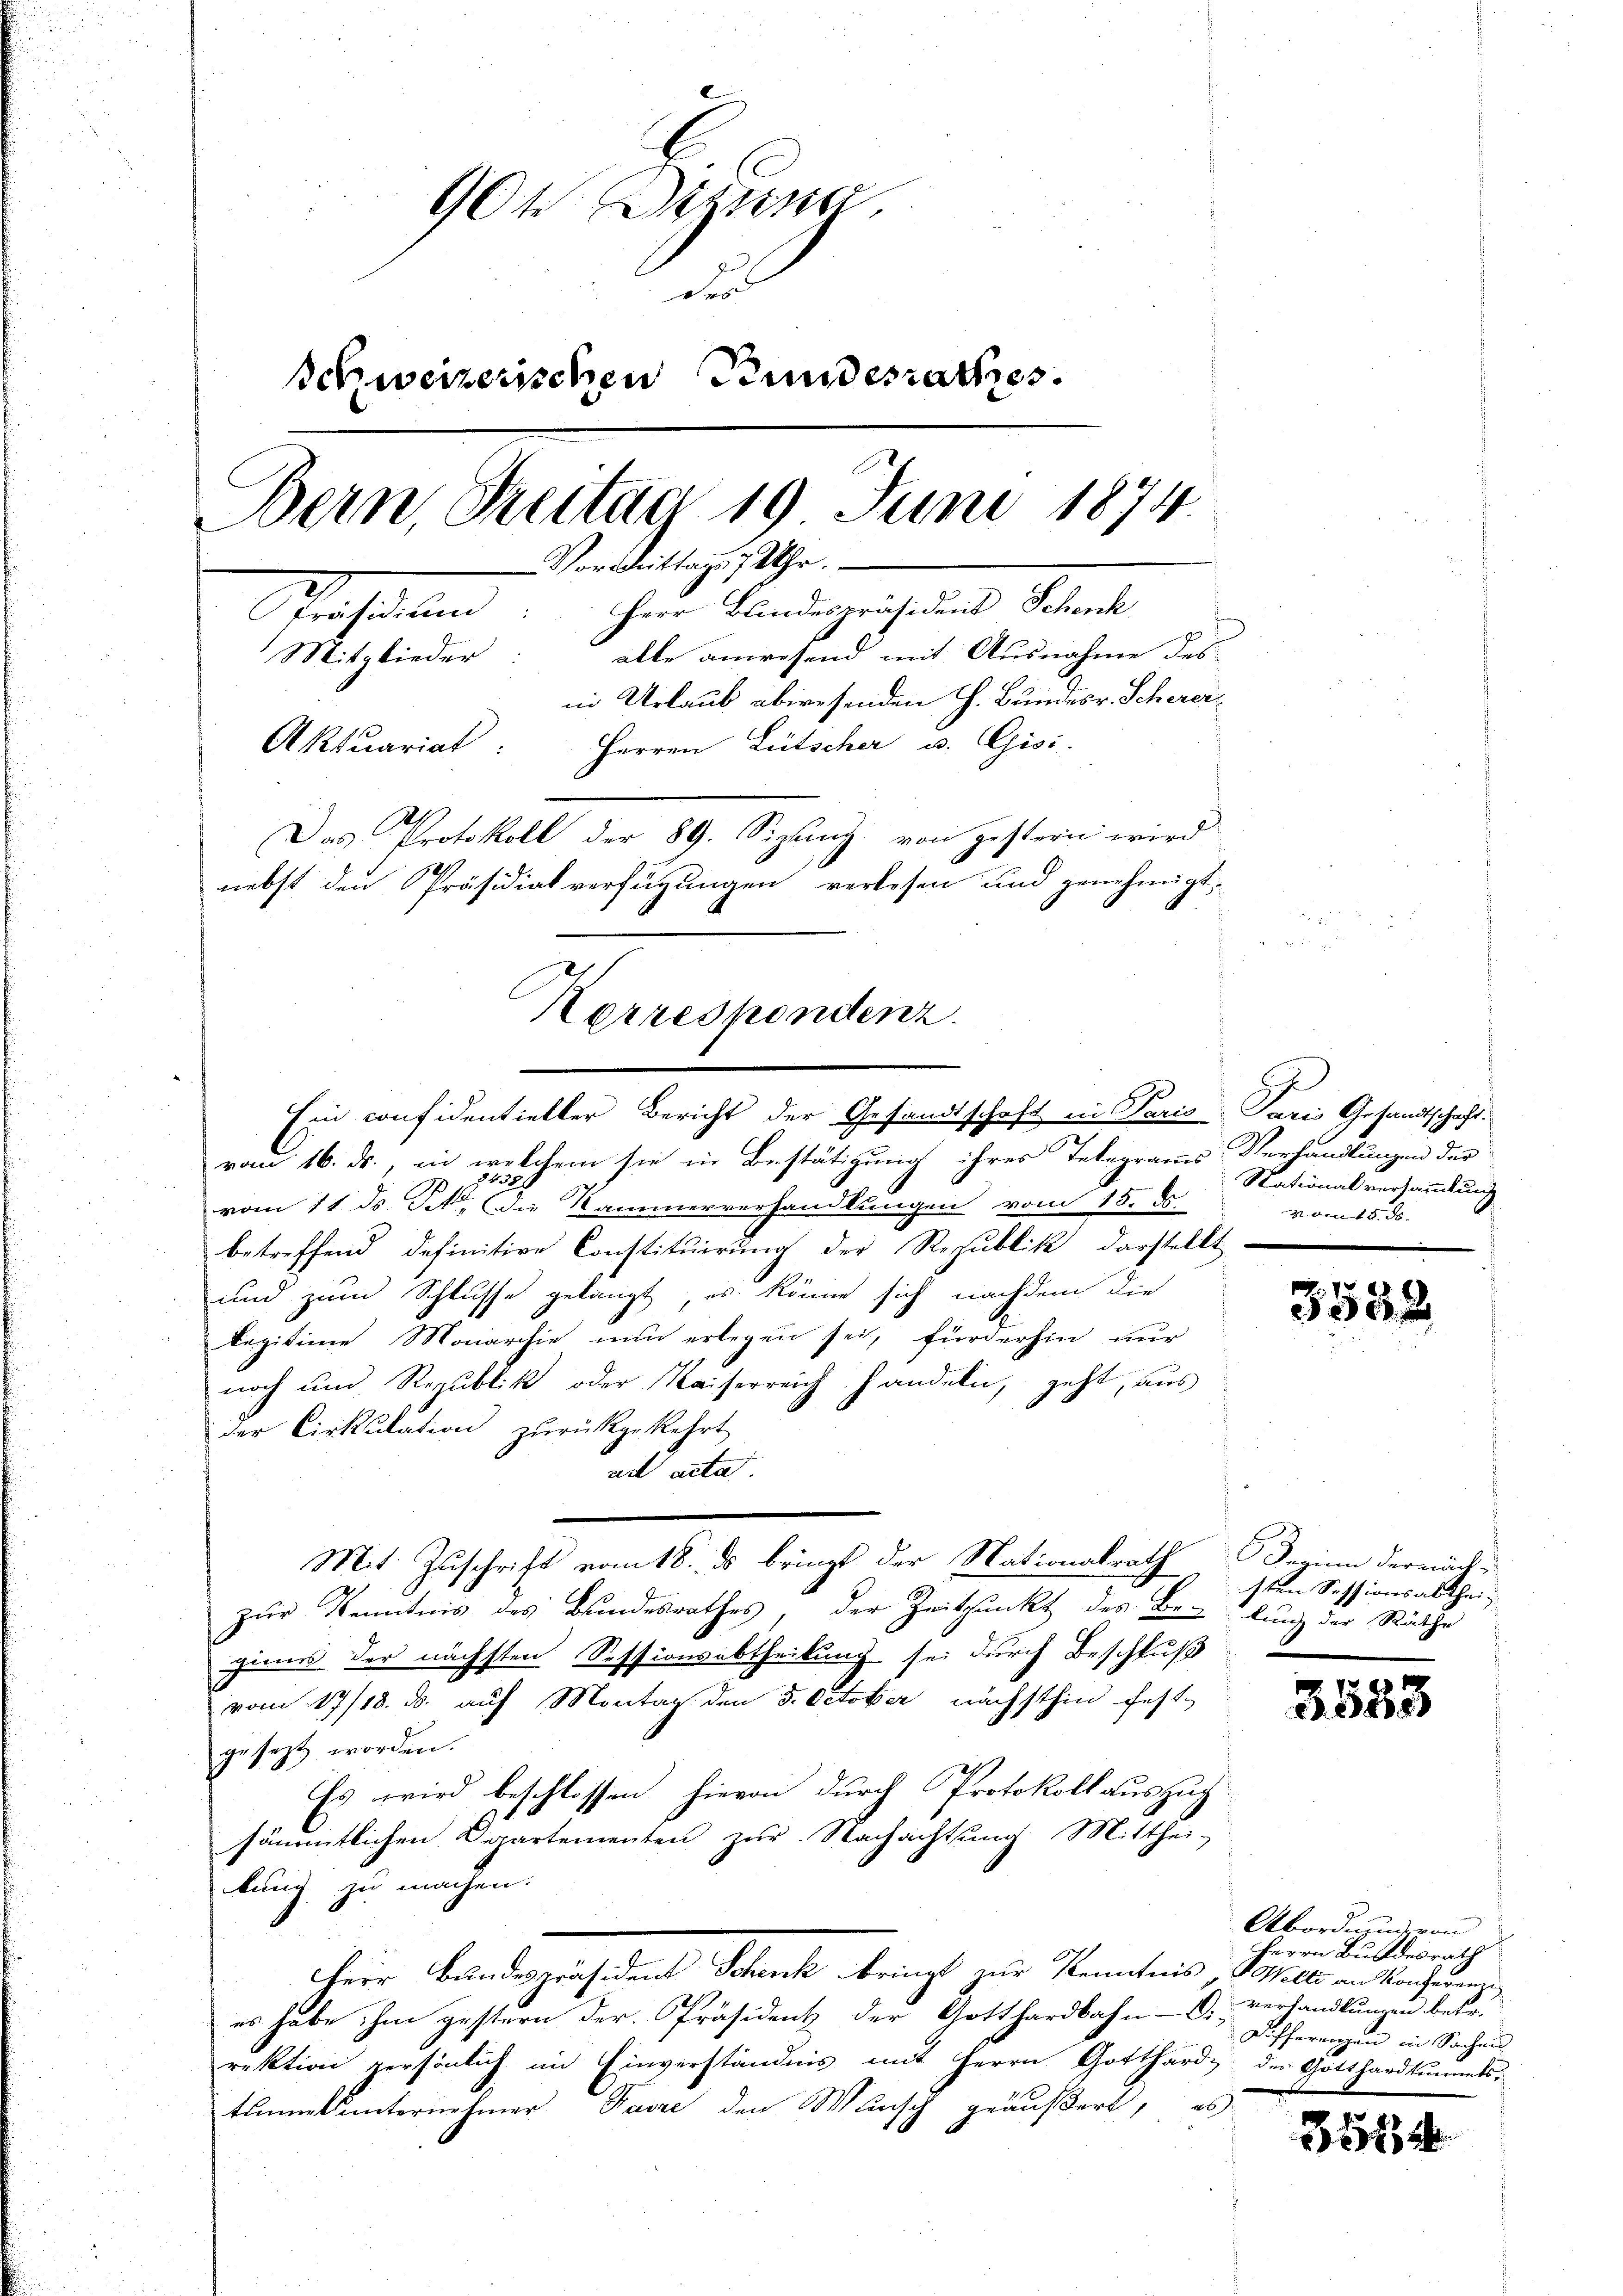
90t Setzun
Fro
schweizerischen Bundesrathes.
Bein, Freitag 19 Juni 1874.
Vormittags 1 Uhr.
Präsidium: Herr Bundespräsident Schenk
Mitglieder: alle anwesend mit Ausnahme des-
in Urlaub abwesenden H. Bundesr. Scherer¬
Aktuariat: Herren Lütscher u. Gisi-
Das Protokoll der 89. Sizung von gestern wird
nebst den Präsidialverfügungen verlesen und genehmigt.

rau 16. ds., in welchem sie in Bestätigung ihres Telegramms Verhandlungen der
2438 x
vom 11. ds. Tit. Die Kammerverhandlungen vom 15. d
betreffend definitive Constituirung der Republik darstellt
und zum Schlusse gelangt, es könne sich nachdem die
Legitime Monarchie nun erlegen sei, fürderhin nur
noch und Republik oder Kaiserreich handeln, geht, aus
der Cirkulation zurückgekehrt
ad acte
¬
zur Kenntnis des Bundesrathes, der Zeitpunkt des Be-
zinns der nächsten Sessionsabtheilung sei durch Beschluß
vom 17/18. d. auf Montan den 5. October nächsthin fest-
gesezt worden.
Es wird beschlossen hievon durch Protokoll auszug
sämmtlichen Departementen zur Nachachtung Mitthei-
ung zu machen.
herr Bundespräsident Schruf bringt zur Kenntnis, Basells in Konsung
es habe ihm gestern der Präsident der Gotthardbahn- D. verhandlungen betr.
rektion persönlich im Einverständnis mit Herrn Gotthard, der Gotthardtummtstummel unternehmer Favre den Wunsch geäußert, es

Herrespondenz.
Ein confidentieller Bericht der Gesandtschaft in Paris Paris Gesandtschaft.

Mit Zuschrift vom 18. ds bringt der Nationalrath Beginn derrück-

h
Nationalversammlung
v. den 18. d.

3538

sten Sessionsabtheilung der Räthe

3553

Abordnung von
Herrn Bundesrath
Differenzen in Sachend

31834